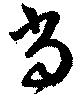
当